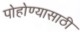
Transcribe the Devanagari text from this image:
पोहोण्यासाठी